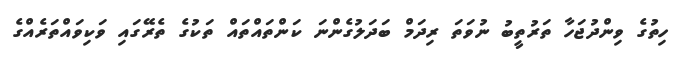
ހިތުގެ ވިންދުޖަހާ ތަރުތީބު ނުވަތަ ރިދަމް ބަދަލުގެންނަ ކަންތައްތައް ތަކުގެ ތެރޭގައި ވަކިވައްތަރެއްގެ